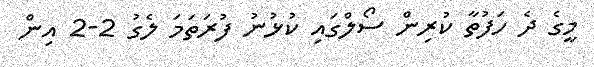
މީގެ ދެ ހަފުތާ ކުރިން ސޯލްގައި ކުޅުނު ފުރަތަމަ ލެގު 2-2 އިން